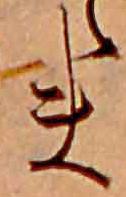
ま